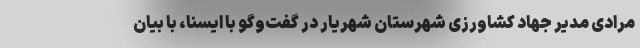
مرادی مدیر جهاد کشاورزی شهرستان شهریار در گفت‌وگو با ایسنا، با بیان